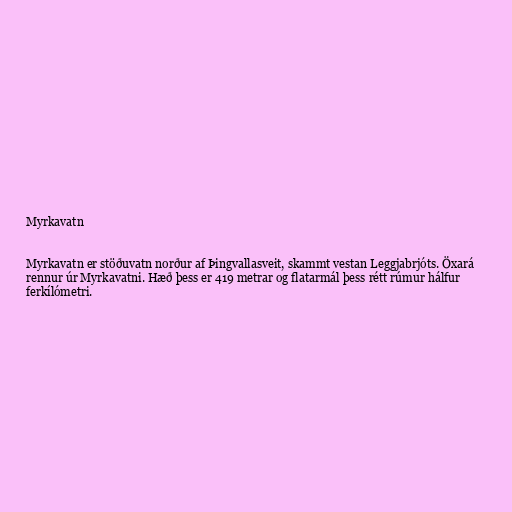
Myrkavatn

Myrkavatn er stöðuvatn norður af Þingvallasveit, skammt vestan Leggjabrjóts. Öxará
rennur úr Myrkavatni. Hæð þess er 419 metrar og flatarmál þess rétt rúmur hálfur
ferkílómetri.